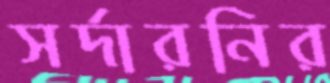
সর্দারনির